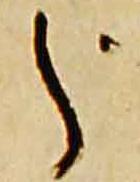
分